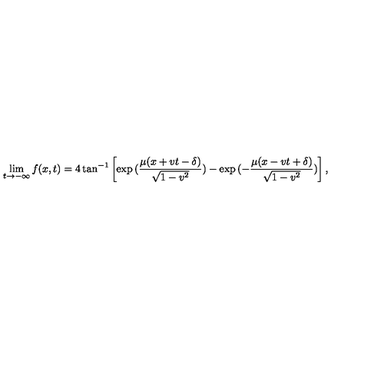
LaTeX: \lim _ { t \rightarrow - \infty } f ( x , t ) = 4 \tan ^ { - 1 } \left[ \exp { ( \frac { \mu ( x + v t - \delta ) } { \sqrt { 1 - v ^ { 2 } } } ) } - \exp { ( - \frac { \mu ( x - v t + \delta ) } { \sqrt { 1 - v ^ { 2 } } } ) } \right] ,